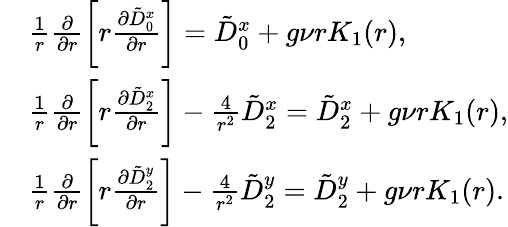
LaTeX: \begin{array}{rl}&{\frac{1}{r}\frac{\partial}{\partial r}\left[r\frac{\partial\tilde{D}_{0}^{x}}{\partial r}\right]=\tilde{D}_{0}^{x}+g\nu rK_{1}(r),}\\ &{\frac{1}{r}\frac{\partial}{\partial r}\left[r\frac{\partial\tilde{D}_{2}^{x}}{\partial r}\right]-\frac{4}{r^{2}}\tilde{D}_{2}^{x}=\tilde{D}_{2}^{x}+g\nu rK_{1}(r),}\\ &{\frac{1}{r}\frac{\partial}{\partial r}\left[r\frac{\partial\tilde{D}_{2}^{y}}{\partial r}\right]-\frac{4}{r^{2}}\tilde{D}_{2}^{y}=\tilde{D}_{2}^{y}+g\nu rK_{1}(r).}\end{array}